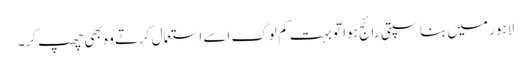
لاہور میں بناسپتی رائج ہوا تو بہت کم لوگ اسے استعمال کرتے وہ بھی چھپ کر۔